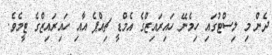
ދެން މި ލިސްޓުގައި ހިމެނޭ ހައިރައިޒްގެ އެމްޑީ ޗިއްޕެ އާއި ހައިރައިޒްގެ ޓީމެވެ.